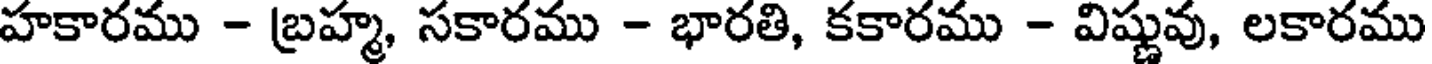
హకారము - బ్రహ్మ, సకారము - భారతి, కకారము - విష్ణువు, లకారము